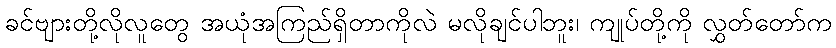
ခင်ဗျားတို့လိုလူတွေ အယုံအကြည်ရှိတာကိုလဲ မလိုချင်ပါဘူး၊ ကျုပ်တို့ကို လွှတ်တော်က